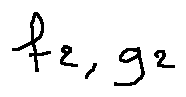
f _ { 2 } , g _ { 2 }